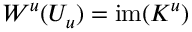
W ^ { u } ( U _ { u } ) = \mathrm { i m } ( K ^ { u } )